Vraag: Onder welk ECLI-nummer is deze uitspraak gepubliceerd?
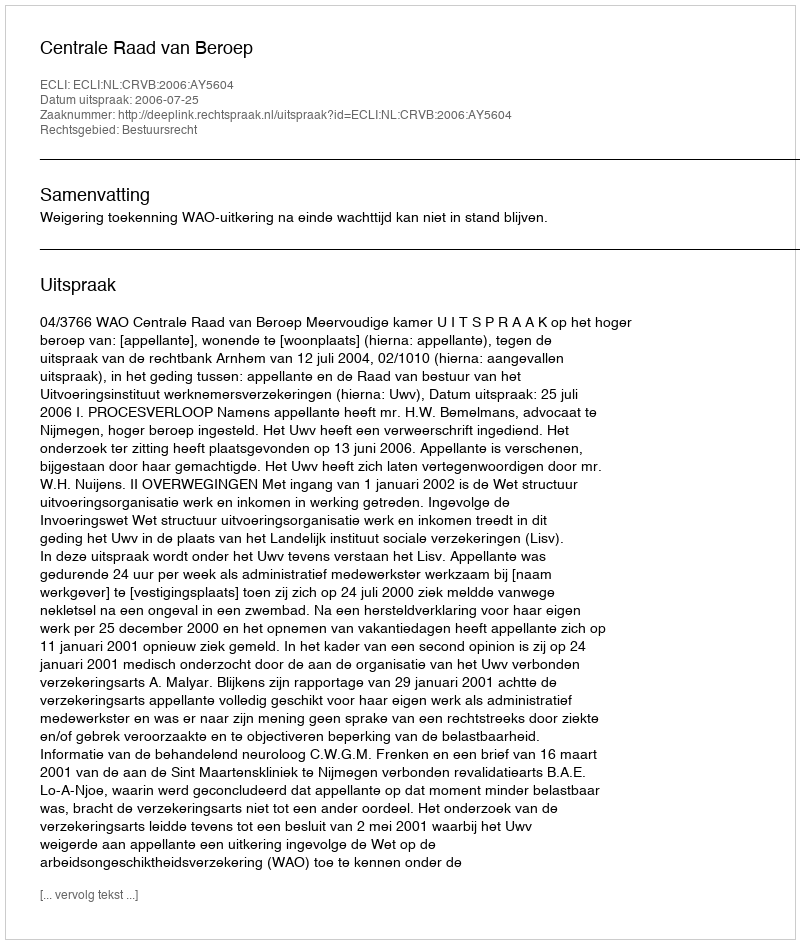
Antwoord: ECLI:NL:CRVB:2006:AY5604